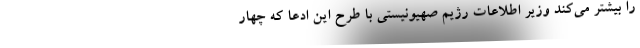
را بیشتر می‌کند وزیر اطلاعات رژیم صهیونیستی با طرح این ادعا که چهار